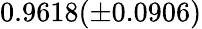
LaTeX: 0.9618(\pm 0.0906)